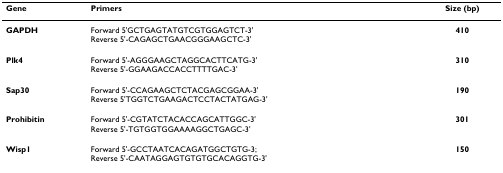
<table><thead><tr><td><b>Gene</b></td><td><b>Primers</b></td><td><b>Size (bp)</b></td></tr></thead><tbody><tr><td><b>GAPDH</b></td><td>Forward 5&#x27;GCTGAGTATGTCGTGGAGTCT-3&#x27;Reverse 5&#x27;-CAGAGCTGAACGGGAAGCTC-3&#x27;</td><td><b>410</b></td></tr><tr><td><b>Plk4</b></td><td>Forward 5&#x27;-AGGGAAGCTAGGCACTTCATG-3&#x27;Reverse 5&#x27;-GGAAGACCACCTTTTGAC-3&#x27;</td><td><b>310</b></td></tr><tr><td><b>Sap30</b></td><td>Forward 5&#x27;-CCAGAAGCTCTACGAGCGGAA-3&#x27;Reverse 5&#x27;TGGTCTGAAGACTCCTACTATGAG-3&#x27;</td><td><b>190</b></td></tr><tr><td><b>Prohibitin</b></td><td>Forward 5&#x27;-CGTATCTACACCAGCATTGGC-3&#x27;Reverse 5&#x27;-TGTGGTGGAAAAGGCTGAGC-3&#x27;</td><td><b>301</b></td></tr><tr><td><b>Wisp1</b></td><td>Forward 5&#x27;-GCCTAATCACAGATGGCTGTG-3;Reverse 5&#x27;-CAATAGGAGTGTGTGCACAGGTG-3&#x27;</td><td><b>150</b></td></tr></tbody></table>